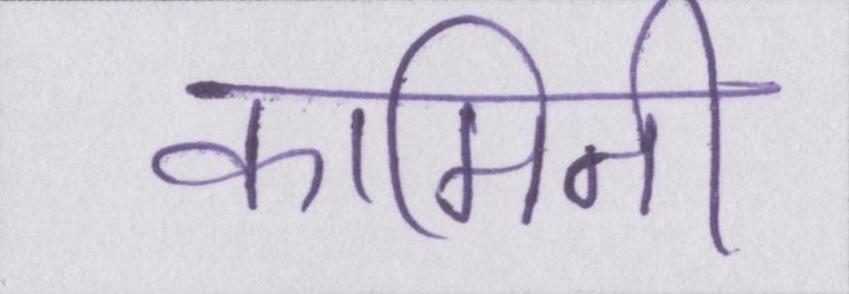
कामिनी